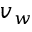
v _ { w }